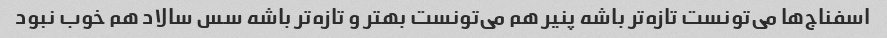
اسفناج‌ها می‌تونست تازه‌تر باشه پنیر هم می‌تونست بهتر و تازه‌تر باشه سس سالاد هم خوب نبود